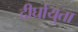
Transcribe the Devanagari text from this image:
दीर्घायुता